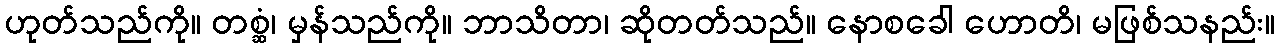
ဟုတ်သည်ကို။ တစ္ဆံ၊ မှန်သည်ကို။ ဘာသိတာ၊ ဆိုတတ်သည်။ နောစခေါ ဟောတိ၊ မဖြစ်သနည်း။